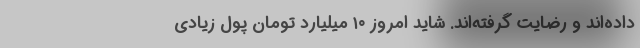
داده‌اند و رضایت گرفته‌اند. شاید امروز ۱۰ میلیارد تومان پول زیادی